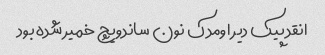
انقد پیک دیر اومد ک نون ساندویچ خمیر شده بود